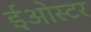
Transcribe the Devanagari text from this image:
ईओस्टर